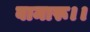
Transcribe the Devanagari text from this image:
बामारू।।